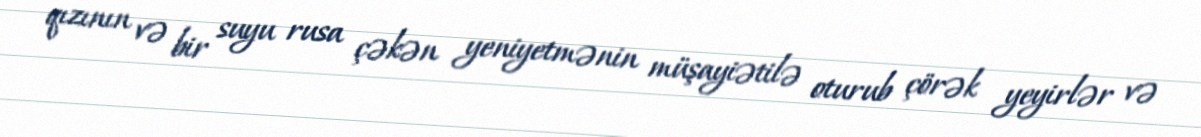
qızının və bir suyu rusa çəkən yeniyetmənin müşayiətilə oturub çörək yeyirlər və